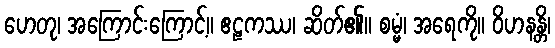
ဟေတု၊ အကြောင်းကြောင့်။ ဧဠကဿ၊ ဆိတ်၏။ စမ္မံ၊ အရေကို။ ဝိဟနန္တိ၊